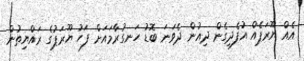
އެއް ޔޫރަޕެއް އުފެދިގެން ދިއުން ދެވަނަ ބޮޑު ހަނގުރާމައަށް ފަހު ޔޫރަޕުގެ ރައްޔިތުން